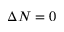
\Delta N = 0